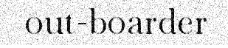
out-boarder